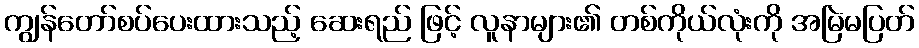
ကျွန်တော်စပ်ပေးထားသည့် ဆေးရည် ဖြင့် လူနာများ၏ တစ်ကိုယ်လုံးကို အမြဲမပြတ်